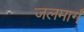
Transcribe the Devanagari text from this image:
जलमार्गं